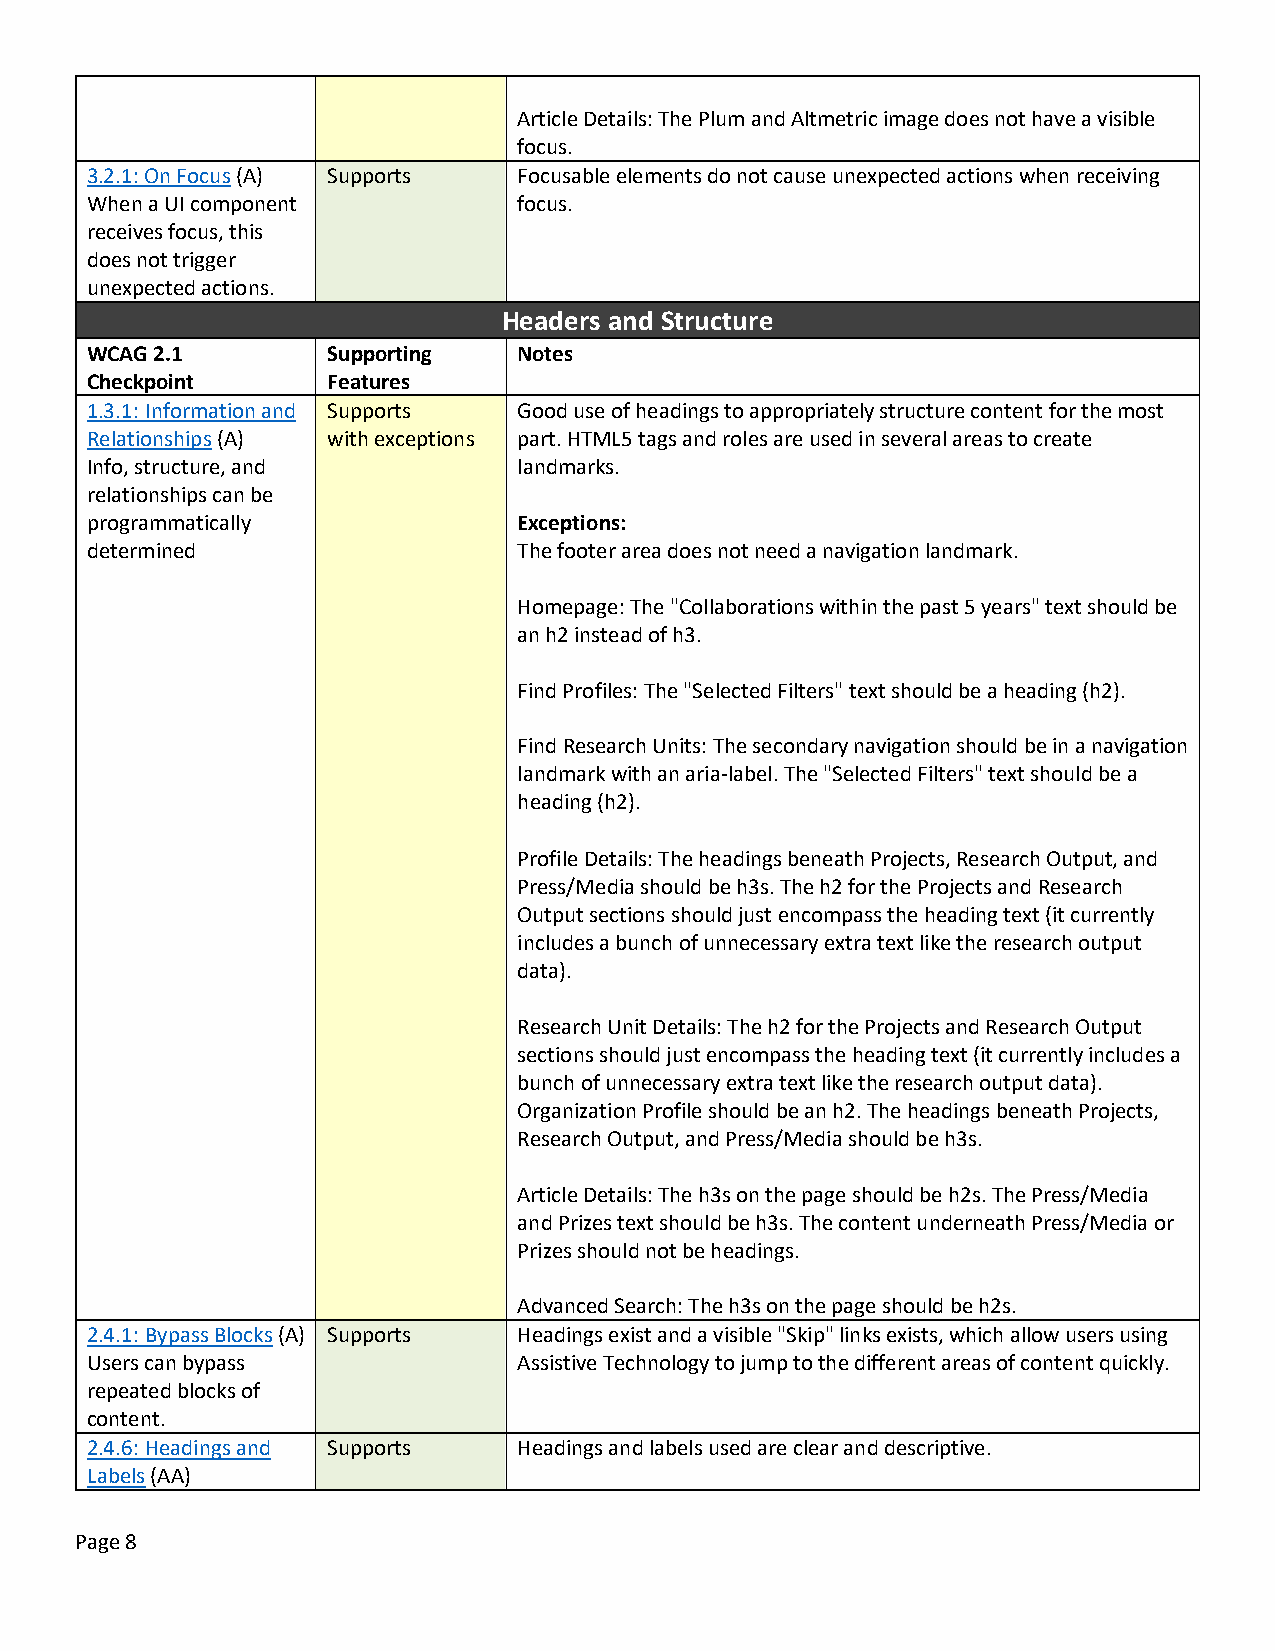
Article Details: The Plum and Altmetric image does not have a visible
 focus.
 3.2.1: On Focus (A) Supports Focusable elements do not cause unexpected actions when receiving
 When a UI component         focus.
 receives focus, this
 does not trigger
 unexpected actions.
 Headers and Structure
 WCAG 2.1        Supporting  Notes
 Checkpoint      Features
 1.3.1: Information and Supports Good use of headings to appropriately structure content for the most
 Relationships (A) with exceptions part. HTML5 tags and roles are used in several areas to create
 Info, structure, and        landmarks.
 relationships can be
 programmatically            Exceptions:
 determined                  The footer area does not need a navigation landmark.
 Homepage: The "Collaborations within the past 5 years" text should be
 an h2 instead of h3.
 Find Profiles: The "Selected Filters" text should be a heading (h2).
 Find Research Units: The secondary navigation should be in a navigation
 landmark with an aria-label. The "Selected Filters" text should be a
 heading (h2).
 Profile Details: The headings beneath Projects, Research Output, and
 Press/Media should be h3s. The h2 for the Projects and Research
 Output sections should just encompass the heading text (it currently
 includes a bunch of unnecessary extra text like the research output
 data).
 Research Unit Details: The h2 for the Projects and Research Output
 sections should just encompass the heading text (it currently includes a
 bunch of unnecessary extra text like the research output data).
 Organization Profile should be an h2. The headings beneath Projects,
 Research Output, and Press/Media should be h3s.
 Article Details: The h3s on the page should be h2s. The Press/Media
 and Prizes text should be h3s. The content underneath Press/Media or
 Prizes should not be headings.
 Advanced Search: The h3s on the page should be h2s.
 2.4.1: Bypass Blocks (A) Supports Headings exist and a visible "Skip" links exists, which allow users using
 Users can bypass            Assistive Technology to jump to the different areas of content quickly.
 repeated blocks of
 content.
 2.4.6: Headings and Supports Headings and labels used are clear and descriptive.
 Labels (AA)
 Page 8